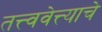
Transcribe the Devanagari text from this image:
तत्त्ववेत्त्याचे